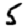
Digit: 5